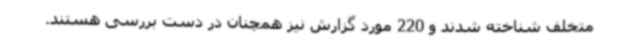
متخلف شناخته شدند و 220 مورد گزارش نیز همچنان در دست بررسی هستند.